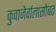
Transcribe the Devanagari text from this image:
कुवाजेर्वालासोबत